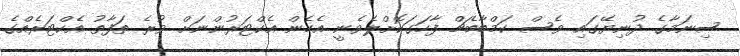
ސިނަމާގެ ދުނިޔޭގައި ވެސް ކަމްބާބެޗް ފާހަގަކޮށްލެވެނީ އެހެން އެކްޓަރުންނަށް ވުރެ ތަފާތު އެކްޓަރެއްގެ